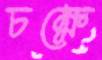
চক্ষে